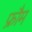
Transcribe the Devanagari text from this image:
फ्रौम